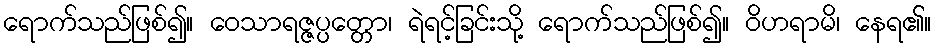
ရောက်သည်ဖြစ်၍။ ဝေသာရဇ္ဇပ္ပတ္တော၊ ရဲရင့်ခြင်းသို့ ရောက်သည်ဖြစ်၍။ ဝိဟရာမိ၊ နေရ၏။